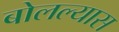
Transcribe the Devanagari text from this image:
बोलल्यास